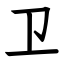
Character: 卫